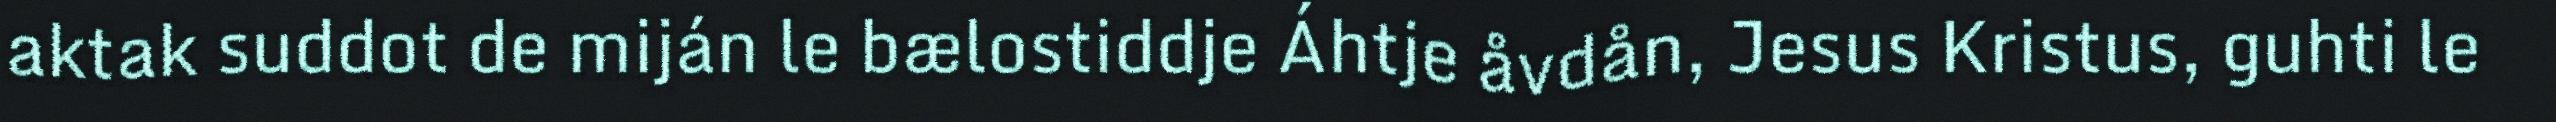
aktak suddot de miján le bælostiddje Áhtje åvdån, Jesus Kristus, guhti le